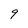
Character: 9